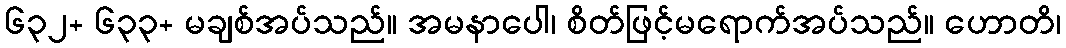
၆၃၂+ ၆၃၃+ မချစ်အပ်သည်။ အမနာပေါ၊ စိတ်ဖြင့်မရောက်အပ်သည်။ ဟောတိ၊